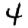
Digit: 4